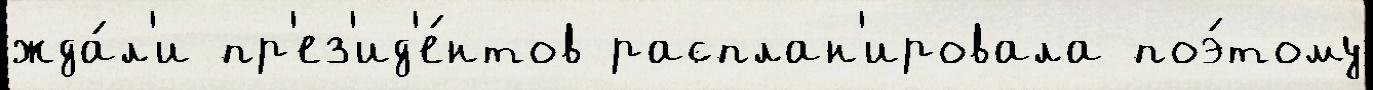
жда́л'и пр'ез'ид'е́нтов расплан'ировала поэ́тому